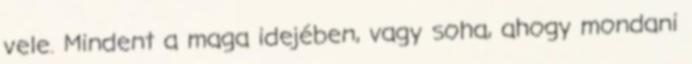
vele. Mindent a maga idejében, vagy soha, ahogy mondani